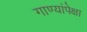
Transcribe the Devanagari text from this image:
गाण्यांपेक्षा